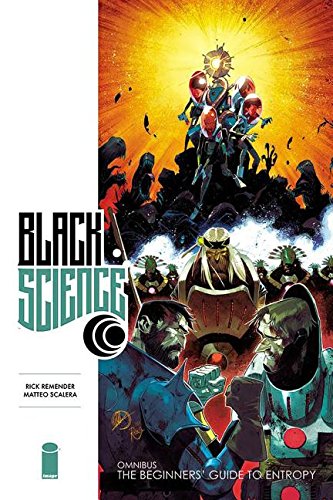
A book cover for Black Science Premiere Hardcover; Rick Remender; Comics & Graphic Novels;